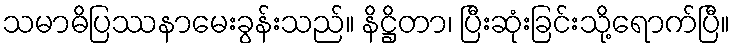
သမာဓိပြဿနာမေးခွန်းသည်။ နိဋ္ဌိတာ၊ ပြီးဆုံးခြင်းသို့ရောက်ပြီ။